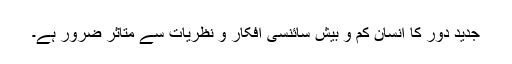
جدید دور کا انسان کم و بیش سائنسی افکار و نظریات سے متاثر ضرور ہے۔